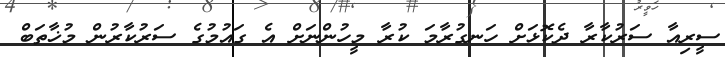
ސީރިއާ ސަރުކާރާ ދެކޮޅަށް ހަނގުރާމަ ކުރާ މީހުންނަށް އެ ގައުމުގެ ސަރުކާރުން މުޚާތަބް